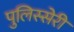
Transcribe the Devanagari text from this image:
पुलिस्सेरी